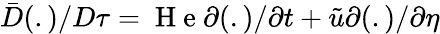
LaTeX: \bar{D}(.)/D\tau=\mathrm{~H~e~}\partial(.)/\partial t+\tilde{u}\partial(.)/\partial\eta